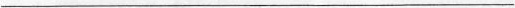
___